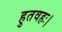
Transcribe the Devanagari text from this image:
हुतवहः।